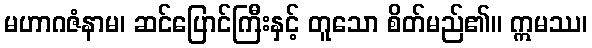
မဟာဂဇံနာမ၊ ဆင်ပြောင်ကြီးနှင့် တူသော စိတ်မည်၏။ ဣမဿ၊